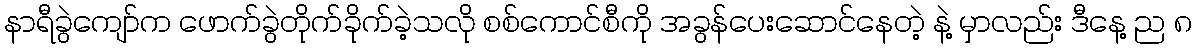
နာရီခွဲကျော်က ဖောက်ခွဲတိုက်ခိုက်ခဲ့သလို စစ်ကောင်စီကို အခွန်ပေးဆောင်နေတဲ့ နဲ့ မှာလည်း ဒီနေ့ ည ၈